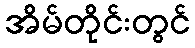
အိမ်တိုင်းတွင်